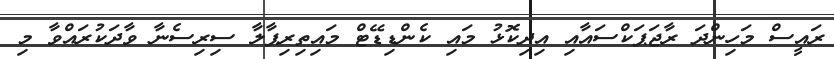
ރައީސް މަހިންދަ ރާޖަޕަކްސައާއި އިދިކޮޅު މައި ކެންޑިޑޭޓް މައިތިރިޕާލާ ސިރިސެނާ ވާދަކުރައްވާ މި